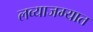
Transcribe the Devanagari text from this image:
लव्याजम्यात